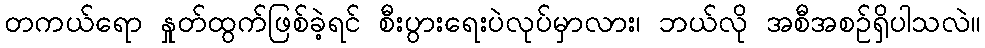
တကယ်ရော နှုတ်ထွက်ဖြစ်ခဲ့ရင် စီးပွားရေးပဲလုပ်မှာလား၊ ဘယ်လို အစီအစဉ်ရှိပါသလဲ။